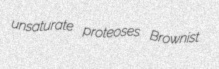
unsaturate proteoses Brownist